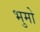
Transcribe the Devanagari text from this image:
भुमो